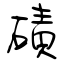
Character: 磧